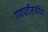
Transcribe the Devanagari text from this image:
गणपतीसंबंधित